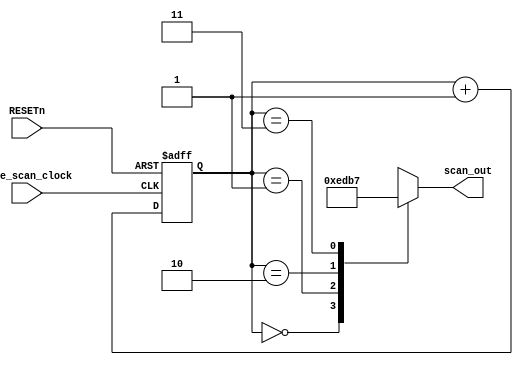
`timescale 1ns / 1ps
//////////////////////////////////////////////////////////////////////////////////
// Company: 
// Engineer: 
// 
// Design Name: 
// Module Name: Seven_Seg_Scan
// Project Name: 
// Target Devices: 
// Tool Versions: 
// Description: 
// 
// Dependencies: 
// 
// Revision:
// Revision 0.01 - File Created
// Additional Comments:
// 
//////////////////////////////////////////////////////////////////////////////////

module Seven_Seg_Scan(

    input base_scan_clock,     //  from clk_div [0] = (50MHz) / (2^17) = 381.47 Hz
    input RESETn,
    output reg [3:0] scan_out  //  control signal for truning on which 7-segment  ( 7-segment X 4  on FPGA )

);
    reg [1:0] sel;             // 4 bits counter : 00 ->  01 ->  10  -> 11  repeat
                               // sel is index for 4 cases 

    always@(posedge base_scan_clock or posedge RESETn)    // 4 bits counter : 00 ->  01 ->  10  -> 11  
        begin
            if(RESETn)
                sel<=2'b00;                               // reset to 00
            else
                sel<=sel+1'b1;                            // sel is index for 4 cases   
        end

    always@(sel[1:0])                                     // sel index changing triggers control signal for truning on which 7-segment 
        case(sel[1:0])
            2'b00:scan_out = 4'b1110;  // Enable U1 Cq1 ( k)
            2'b01:scan_out = 4'b1101;  // Enable U2 Cq2
            2'b10:scan_out = 4'b1011;  // Enable U3 Cq3
            2'b11:scan_out = 4'b0111;  // Enable U4 Cq4 		 
        endcase

endmodule